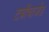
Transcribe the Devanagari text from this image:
टर्बोचार्जड